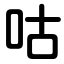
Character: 咕